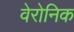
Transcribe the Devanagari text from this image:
वेरोनिक